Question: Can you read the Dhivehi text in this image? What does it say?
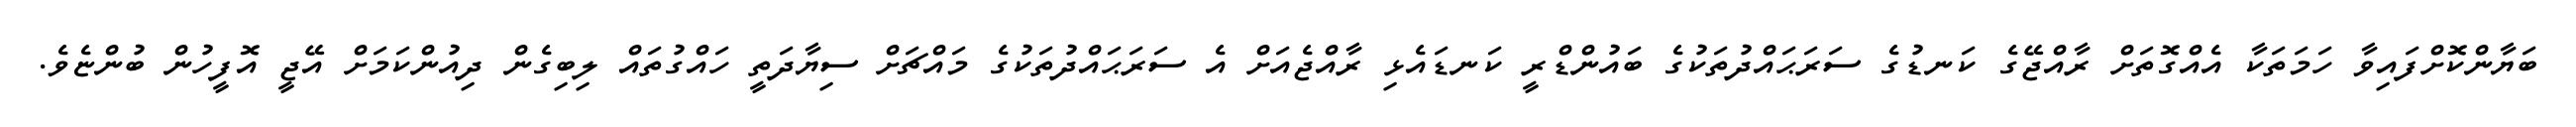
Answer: ބަޔާންކޮށްފައިވާ ހަމަތަކާ އެއްގޮތަށް ރާއްޖޭގެ ކަނޑުގެ ސަރަޙައްދުތަކުގެ ބައުންޑްރީ ކަނޑައެޅި ރާއްޖެއަށް އެ ސަރަޙައްދުތަކުގެ މައްޗަށް ސިޔާދަތީ ހައްގުތައް ލިބިގެން ދިއުންކަމަށް އޭޖީ އޮފީހުން ބުންޏެވެ.